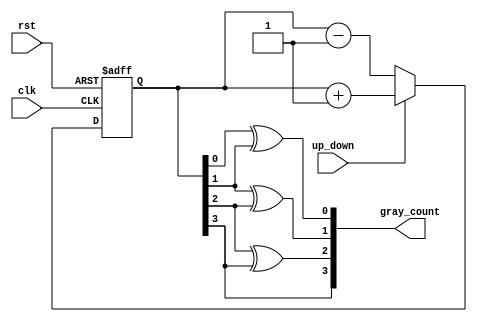
module GrayUpDownCounter (
    input clk,
    input rst,
    input up_down,
    output reg [3:0] gray_count
);

reg [3:0] count_reg;

always @(posedge clk or posedge rst) begin
    if (rst) begin
        count_reg <= 4'd0;
    end else begin
        if (up_down) begin
            count_reg <= count_reg + 1;
        end else begin
            count_reg <= count_reg - 1;
        end
    end
end

assign gray_count[0] = count_reg[0] ^ count_reg[1];
assign gray_count[1] = count_reg[1] ^ count_reg[2];
assign gray_count[2] = count_reg[2] ^ count_reg[3];
assign gray_count[3] = count_reg[3];

endmodule